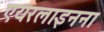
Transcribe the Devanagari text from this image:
एयरलाइनना